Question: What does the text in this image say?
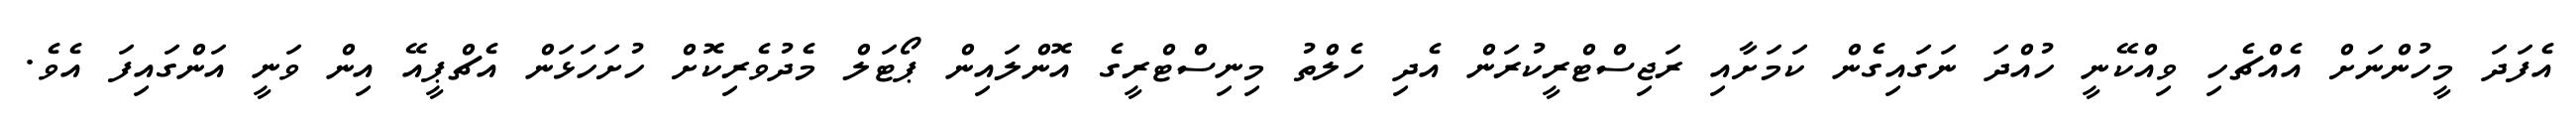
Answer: އެފަދަ މީހުންނަށް އެއްޗެހި ވިއްކޭނީ ހުއްދަ ނަގައިގެން ކަމަށާއި ރަޖިސްޓްރީކުރަން އެދި ހެލްތު މިނިސްޓްރީގެ އޮންލައިން ޕޯޓަލް މެދުވެރިކޮށް ހުށަހަޅަން އެޗްޕީއޭ އިން ވަނީ އަންގައިފަ އެވެ.